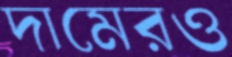
দামেরও